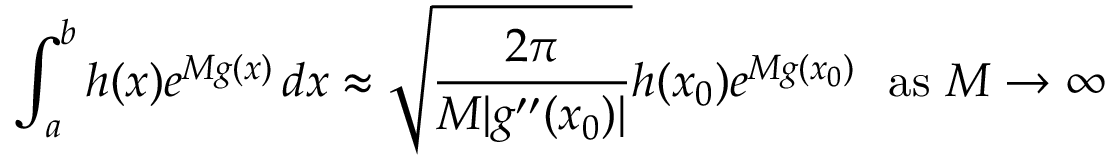
\int _ { a } ^ { b } h ( x ) e ^ { M g ( x ) } \, d x \approx { \sqrt { \frac { 2 \pi } { M | g ^ { \prime \prime } ( x _ { 0 } ) | } } } h ( x _ { 0 } ) e ^ { M g ( x _ { 0 } ) } \ { \mathrm { ~ a s ~ } } M \to \infty